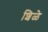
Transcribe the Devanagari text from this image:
शिळे